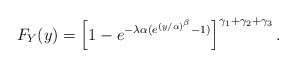
\begin{align*}F_{Y}(y)=\left[ 1-e^{-\lambda \alpha (e^{(y/\alpha )^{\beta }}-1)}\right]^{\gamma _{1}+\gamma _{2}+\gamma _{3}}. \end{align*}